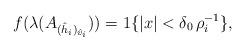
LaTeX: \begin{align*}f(\lambda(A_{(\hat h_i)_{\hat v_i}})) = 1 \{|x| < \delta_0\,\rho_i^{-1}\}, \end{align*}